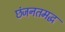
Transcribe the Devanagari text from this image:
छंजनतमद्ध